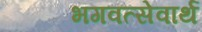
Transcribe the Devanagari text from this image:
भगवत्सेवार्थ